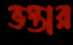
ভস্তার